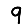
Digit: 9